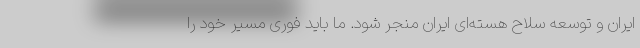
ایران و توسعه سلاح هسته‌ای ایران منجر شود. ما باید فوری مسیر خود را